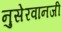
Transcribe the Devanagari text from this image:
नुसेरवानजी